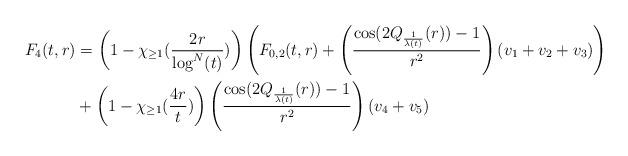
LaTeX: \begin{align*} F_{4}(t,r) &= \left(1-\chi_{\geq 1}(\frac{2r}{\log^{N}(t)})\right)\left(F_{0,2}(t,r)+\left(\frac{\cos(2Q_{\frac{1}{\lambda(t)}}(r))-1}{r^{2}}\right)\left(v_{1}+v_{2}+v_{3}\right)\right)\\&+\left(1-\chi_{\geq 1}(\frac{4r}{t})\right)\left(\frac{\cos(2Q_{\frac{1}{\lambda(t)}}(r))-1}{r^{2}}\right)\left(v_{4}+v_{5}\right)\end{align*}